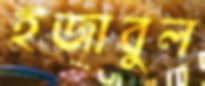
ইজাবুল